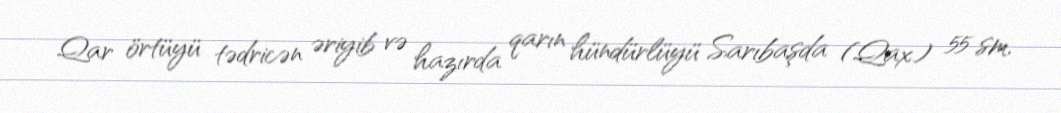
Qar örtüyü tədricən əriyib və hazırda qarın hündürlüyü Sarıbaşda (Qax) 55 sm,